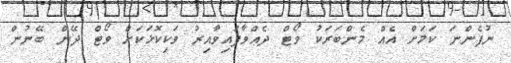
ނުފެންނަ ކަމަށް އެއް މެންބަރަކު ވޯޓް ދެއްވާފައިވާއިރު ވަކިކޮޅަކަށް ވޯޓް ދޭން ބޭނުން